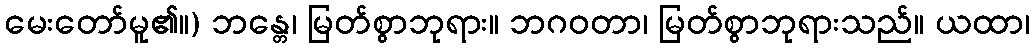
မေးတော်မူ၏။) ဘန္တေ၊ မြတ်စွာဘုရား။ ဘဂဝတာ၊ မြတ်စွာဘုရားသည်။ ယထာ၊